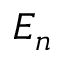
E _ { n }